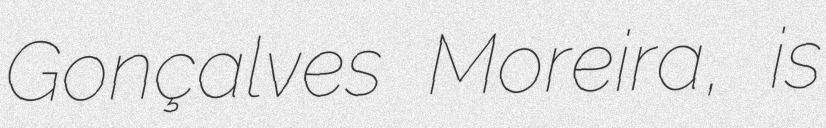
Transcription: Gonçalves Moreira, is